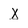
Character: x